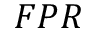
F P R